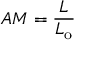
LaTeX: A M = { \frac { L } { L _ { \mathrm { o } } } }